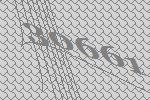
30661